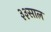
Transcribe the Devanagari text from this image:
३३साल